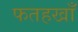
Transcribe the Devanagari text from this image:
फतहखाँ